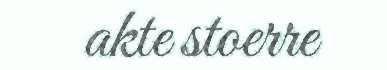
akte stoerre